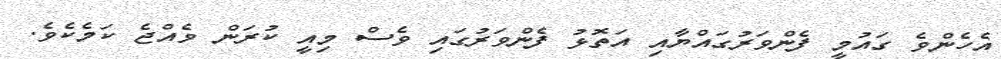
އެހެންވެ ގައުމީ ފެންވަރުގައްޔާއި އަތޮޅު ފެންވަރުގައި ވެސް މިއީ ކުރަން ވެއްޖެ ކަމެކެވެ.